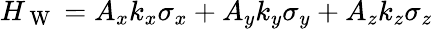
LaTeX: H_{\mathrm{~W~}}=A_{x}k_{x}\sigma_{x}+A_{y}k_{y}\sigma_{y}+A_{z}k_{z}\sigma_{z}